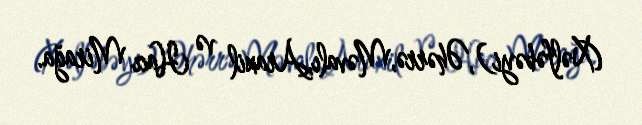
(Xəlfəbəyi),Əhərrə,Məvalı,Araxil və Hacı Mirağa.